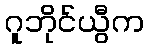
ဂူဘိုင်ယွီက